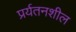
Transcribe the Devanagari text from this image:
प्रर्यतनशील